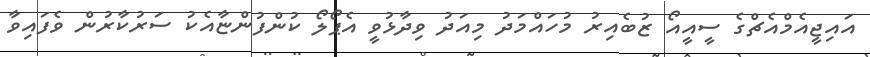
އައިޖީއެމްއެޗްގެ ސީއީއޯ ޒުބެއިރު މުހައްމަދު މިއަދު ވިދާޅުވީ އެޕޯލޯ ކުންފުންޏާއެކު ސަރުކާރުން ވެފައިވާ